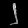
Digit: ၂